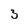
Character: 3